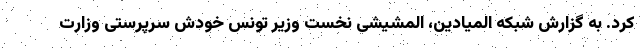
کرد. به گزارش شبکه المیادین، المشیشی نخست وزیر تونس خودش سرپرستی وزارت